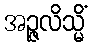
အဉ္ဇလိသ္မိံ